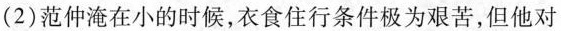
(2)范仲淹在小的时候，衣食住行条件极为艰苦，但他对